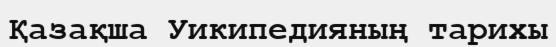
Қазақша Уикипедияның тарихы